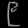
Digit: ၉